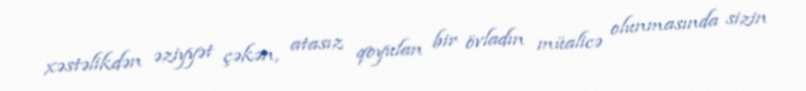
xəstəlikdən əziyyət çəkən, atasız qoyulan bir övladın müalicə olunmasında sizin